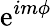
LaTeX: \mathrm{e}^{im\phi}